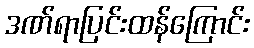
ဒဏ်ရာပြင်းထန်ကြောင်း